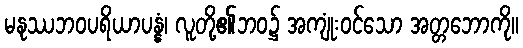
မနုဿဘဝပရိယာပန္နံ၊ လူတို့၏ဘဝ၌ အကျုံးဝင်သော အတ္တဘောကို။